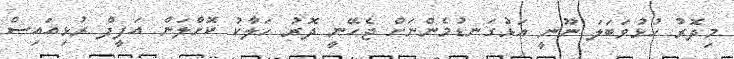
މިދޮރު ހުޅުވަބަލަ ނޫނީ އަޅުގަނޑުމެންނަށް ޖެހޭނީ ދޮރު ހަލާކު ކޮށްލަން އަފީފް ރުޅިއައިސް